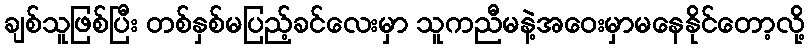
ချစ်သူဖြစ်ပြီး တစ်နှစ်မပြည့်ခင်လေးမှာ သူကညီမနဲ့အဝေးမှာမနေနိုင်တော့လို့